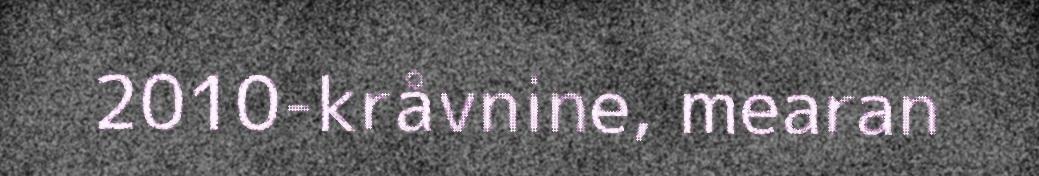
2010-kråvnine, mearan